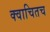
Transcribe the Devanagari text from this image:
क्वाचितच